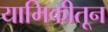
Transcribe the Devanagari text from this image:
यामिकीतून